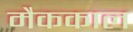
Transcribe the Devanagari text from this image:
मैककाल